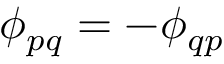
\phi _ { p q } = - \phi _ { q p }